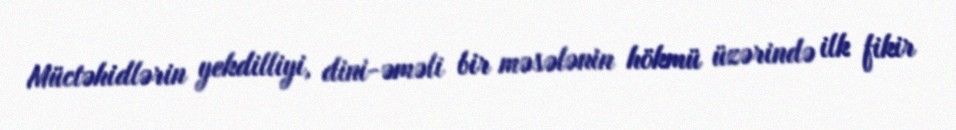
Müctəhidlərin yekdilliyi, dini-əməli bir məsələnin hökmü üzərində ilk fikir